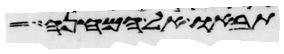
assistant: תבאו אל המחנה